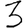
Digit: 3